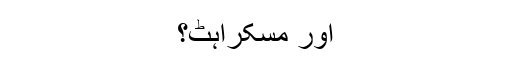
اور مسکراہٹ؟